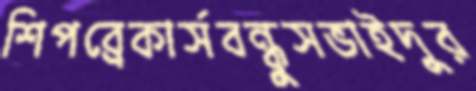
শিপব্রেকার্সবন্ধুসভাইদুর